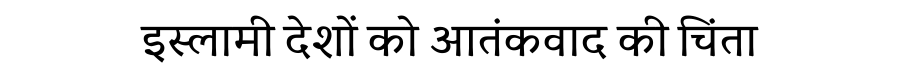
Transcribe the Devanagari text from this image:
इस्लामी देशों को आतंकवाद की चिंता